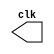
module clock(clk);
	output clk;
	reg clk;
	initial begin
		clk = 1'b0;
	end
	
	always
		begin
			#5 clk = ~clk;
		end
endmodule //clock